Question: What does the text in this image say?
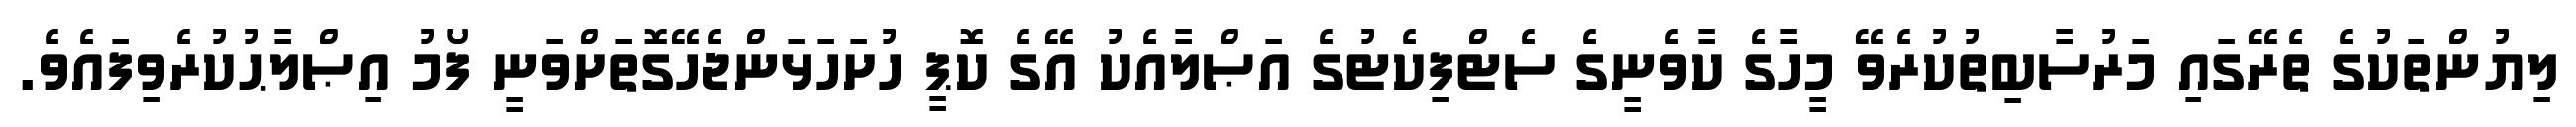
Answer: ލިޔުންތަކުގެ ތެރޭގައި މަރުސާބިތުކުރެވޭ މީހާގެ ކާވެނީގެ ސެޓްފިކެޓުގެ އަޞްލާއެކު އޭގެ ކޮޕީ ހުށަހަޅަންޖެހޭގޮތަށްވަނީ ފޯމު އިޞްލާޙުކުރެވިފައެވެ.